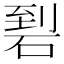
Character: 𥓬